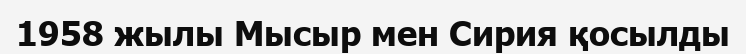
1958 жылы Мысыр мен Сирия қосылды